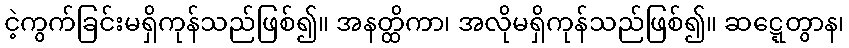
ငဲ့ကွက်ခြင်းမရှိကုန်သည်ဖြစ်၍။ အနတ္ထိကာ၊ အလိုမရှိကုန်သည်ဖြစ်၍။ ဆဋ္ဋေတွာန၊